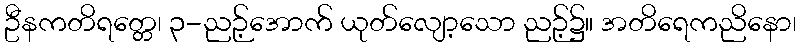
ဦနကတိရတ္တေ၊ ၃-ညဉ့်အောက် ယုတ်လျော့သော ညဉ့်၌။ အတိရေကညိနော၊